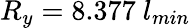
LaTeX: R_{y}=8.377~l_{min}